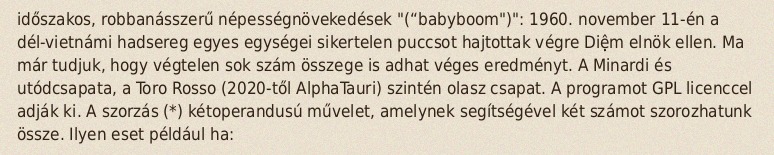
időszakos, robbanásszerű népességnövekedések "(“babyboom")": 1960. november 11-én a dél-vietnámi hadsereg egyes egységei sikertelen puccsot hajtottak végre Diệm elnök ellen. Ma már tudjuk, hogy végtelen sok szám összege is adhat véges eredményt. A Minardi és utódcsapata, a Toro Rosso (2020-től AlphaTauri) szintén olasz csapat. A programot GPL licenccel adják ki. A szorzás (*) kétoperandusú művelet, amelynek segítségével két számot szorozhatunk össze. Ilyen eset például ha: